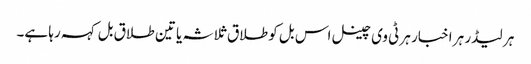
ہر لیڈر ہر اخبار ہر ٹی وی چینل اس بل کو طلاق ثلاثہ یا تین طلاق بل کہہ رہا ہے۔